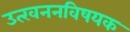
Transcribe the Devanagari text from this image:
उत्खननविषयक